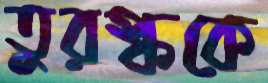
তুরস্ককে